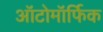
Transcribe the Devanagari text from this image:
ऑटोमॉर्फिक